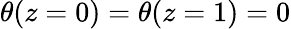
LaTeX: \theta(z=0)=\theta(z=1)=0